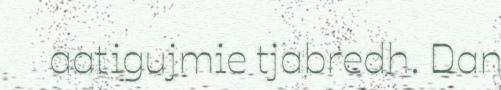
aatigujmie tjabredh. Dan